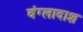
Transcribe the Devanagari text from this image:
बंग्लादाश